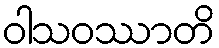
ဝါသဝဿာတိ